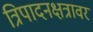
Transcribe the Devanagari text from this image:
त्रिपादनक्षत्रावर